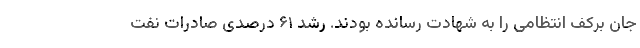
جان برکف انتظامی را به شهادت رسانده بودند. رشد ۶۱ درصدی صادرات نفت